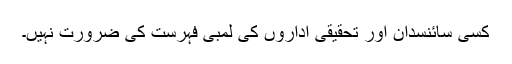
کسی سائنسدان اور تحقیقی اداروں کی لمبی فہرست کی ضرورت نہیں۔